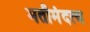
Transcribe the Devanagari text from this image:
मतीमंदत्व